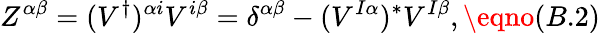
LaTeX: Z^{{\alpha}{\beta}}=(V^{\dagger})^{{\alpha}i}V^{i{\beta}}={\delta}^{{\alpha}{\beta}}-(V^{I{\alpha}})^{*}V^{I{\beta}},\eqno(B.2)